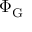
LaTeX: \Phi _ { \mathrm { { G } } }